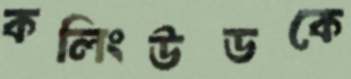
কলিংউডকে